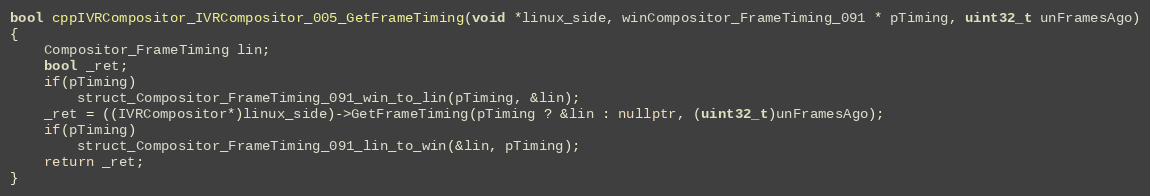
Language: C++
bool cppIVRCompositor_IVRCompositor_005_GetFrameTiming(void *linux_side, winCompositor_FrameTiming_091 * pTiming, uint32_t unFramesAgo)
{
    Compositor_FrameTiming lin;
    bool _ret;
    if(pTiming)
        struct_Compositor_FrameTiming_091_win_to_lin(pTiming, &lin);
    _ret = ((IVRCompositor*)linux_side)->GetFrameTiming(pTiming ? &lin : nullptr, (uint32_t)unFramesAgo);
    if(pTiming)
        struct_Compositor_FrameTiming_091_lin_to_win(&lin, pTiming);
    return _ret;
}